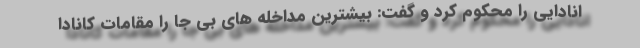
انادایی را محکوم کرد و گفت: بیشترین مداخله های بی جا را مقامات کانادا